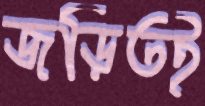
জড়িতই